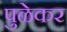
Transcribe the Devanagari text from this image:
पुळेकर